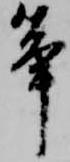
筝